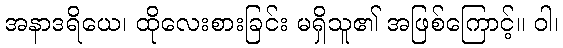
အနာဒရိယေ၊ ထိုလေးစားခြင်း မရှိသူ၏ အဖြစ်ကြောင့်။ ဝါ၊